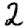
Digit: 2